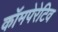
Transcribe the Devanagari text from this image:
कॉमपेरेटिव